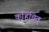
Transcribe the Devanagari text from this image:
कहिंचित्‌